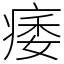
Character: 痿